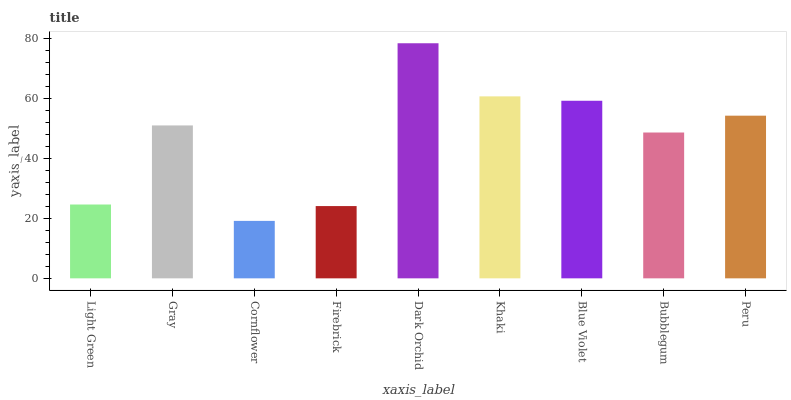
| xaxis_label | bars |
 | --- | --- |
 | Light Green | 24.6 |
 | Gray | 51 |
 | Cornflower | 19.2 |
 | Firebrick | 24.1 |
 | Dark Orchid | 78.5 |
 | Khaki | 60.7 |
 | Blue Violet | 59.3 |
 | Bubblegum | 48.7 |
 | Peru | 54.3 |